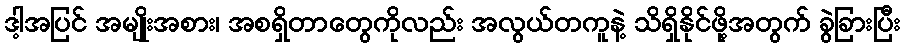
ဒါ့အပြင် အမျိုးအစား၊ အစရှိတာတွေကိုလည်း အလွယ်တကူနဲ့ သိရှိနိုင်ဖို့အတွက် ခွဲခြားပြီး